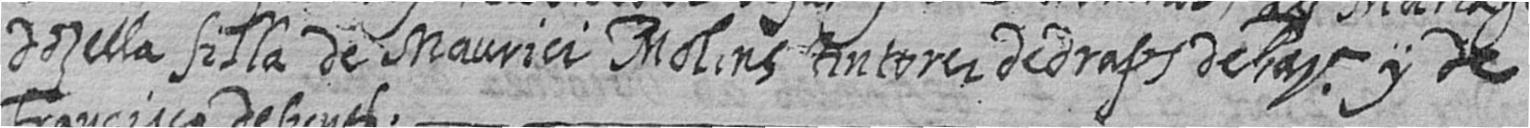
dosella filla de Maurici Molins tintorer de draps de Bara y de